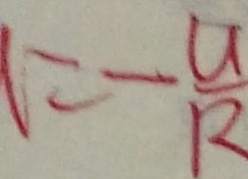
= - \frac { U } { R }